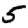
Digit: 5